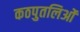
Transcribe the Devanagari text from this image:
कठपुतलिओं